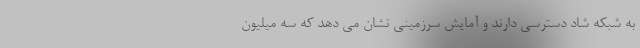
به شبکه شاد دسترسی دارند و آمایش سرزمینی نشان می دهد که سه میلیون